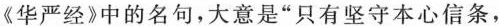
《华严经》中的名句，大意是”只有坚守本心信条，